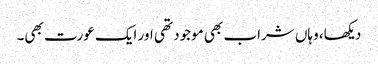
دیکھا، وہاں شراب بھی موجود تھی اور ایک عورت بھی۔